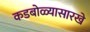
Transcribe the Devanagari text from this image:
कडबोळ्यासारखे